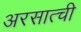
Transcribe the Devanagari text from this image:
अरसात्ची